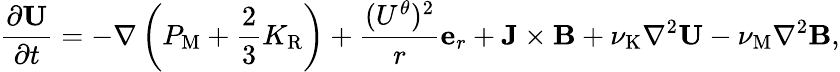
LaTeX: \frac{\partial{\mathbf{U}}}{\partial t}=-\nabla\left({P_{\mathrm{{M}}}+\frac{2}{3}K_{\mathrm{R}}}\right)+\frac{(U^{\theta})^{2}}{r}{\mathbf{e}}_{r}+{\mathbf{J}}\times{\mathbf{B}}+\nu_{\mathrm{{K}}}\nabla^{2}{\mathbf{U}}-\nu_{\mathrm{M}}\nabla^{2}{\mathbf{B}},